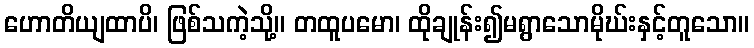
ဟောတိယျထာပိ၊ ဖြစ်သကဲ့သို့။ တထူပမော၊ ထိုချုန်း၍မရွာသောမိုဃ်းနှင့်တူသော။